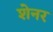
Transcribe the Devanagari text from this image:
शेनर